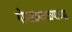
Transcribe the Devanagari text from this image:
गोपाळकाळ्याच्या